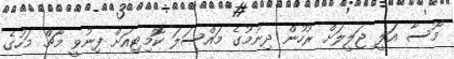
މޫސާ އަލީ ޖަލީލަށް ރުހުން ދިނުމުގެ މައްސަލަ ކޮމިޓިއަށް ފިނުވީ މާޗް މަހުގެ